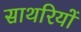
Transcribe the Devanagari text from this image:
साथरियों